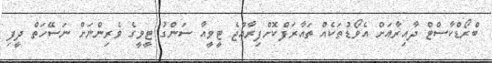
ބްރޯޑްކާސްޓް ދާއިރާއަށް އެވޯޑުތަކެއް ތައާރަފްކޮށްފިރާއްޖެ ޓީވީއާ ސަންގު ޓީވީގެ ވެރިންނަށް ނަސޭހަތް ދީފި